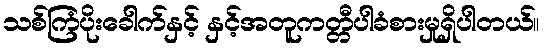
သစ်ကြံပိုးခေါက်နှင့် နှင့်အတူကတ္တီပါခံစားမှုရှိပါတယ်။